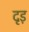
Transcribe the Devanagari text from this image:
दृड़